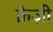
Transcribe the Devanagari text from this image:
क्रैज़ी